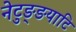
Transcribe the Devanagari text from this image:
नेटुङ्ङयाटि